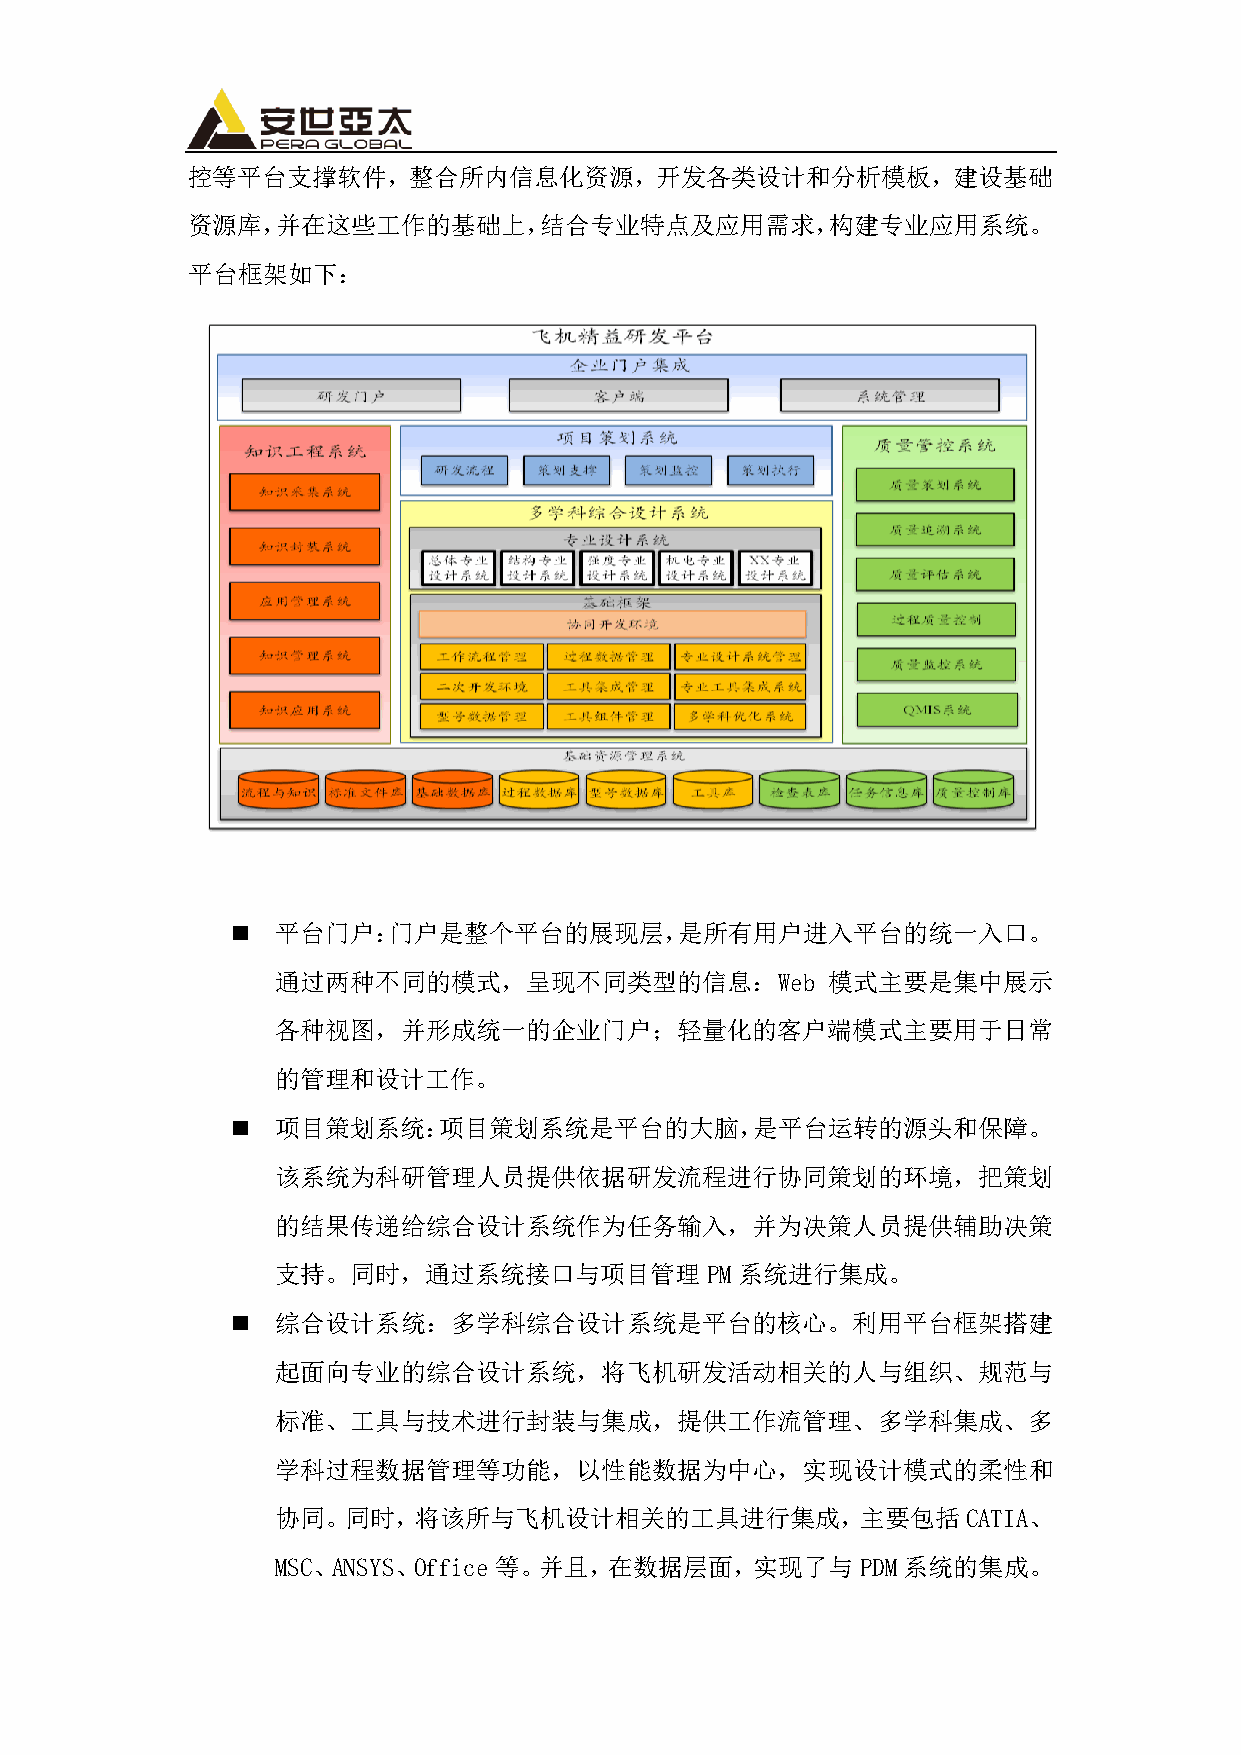
控等平台支撑软件，整合所内信息化资源，开发各类设计和分析模板，建设基础
 资源库，并在这些工作的基础上，结合专业特点及应用需求，构建专业应用系统。
 平台框架如下：
   平台门户：门户是整个平台的展现层，是所有用户进入平台的统一入口。
 通过两种不同的模式，呈现不同类型的信息：Web              模式主要是集中展示
 各种视图，并形成统一的企业门户；轻量化的客户端模式主要用于日常
 的管理和设计工作。
   项目策划系统：项目策划系统是平台的大脑，是平台运转的源头和保障。
 该系统为科研管理人员提供依据研发流程进行协同策划的环境，把策划
 的结果传递给综合设计系统作为任务输入，并为决策人员提供辅助决策
 支持。同时，通过系统接口与项目管理            PM系统进行集成。
   综合设计系统：多学科综合设计系统是平台的核心。利用平台框架搭建
 起面向专业的综合设计系统，将飞机研发活动相关的人与组织、规范与
 标准、工具与技术进行封装与集成，提供工作流管理、多学科集成、多
 学科过程数据管理等功能，以性能数据为中心，实现设计模式的柔性和
 协同。同时，将该所与飞机设计相关的工具进行集成，主要包括                  CATIA、
 MSC、ANSYS、Office等。并且，在数据层面，实现了与        PDM系统的集成。